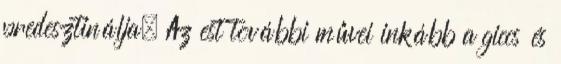
predesztinálja. Az est további művei inkább a giccs és